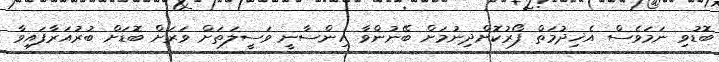
ބޮޑުވި ނަމަވެސް އެޚިދުމަތް ފޯރުކޮށްދިނުމަށް ބޭނުންވާ އިންސާނީ ވަސީލަތަށް ވަރަށް ބޮޑަށް ބުރުއަރާފައިވާ